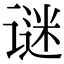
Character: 谜